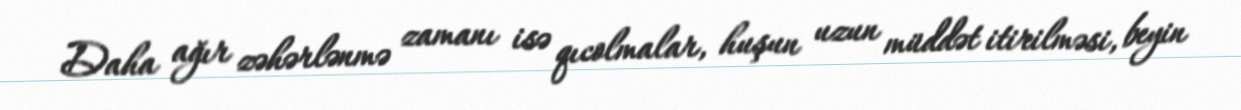
Daha ağır zəhərlənmə zamanı isə qıcolmalar, huşun uzun müddət itirilməsi, beyin